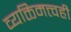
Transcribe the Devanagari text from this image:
व्यक्तिमत्त्वही